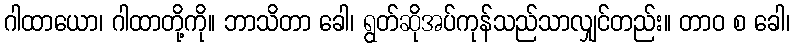
ဂါထာယော၊ ဂါထာတို့ကို။ ဘာသိတာ ခေါ၊ ရွတ်ဆိုအပ်ကုန်သည်သာလျှင်တည်း။ တာဝ စ ခေါ၊